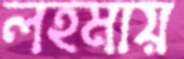
লহমায়